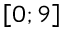
\left[ 0 ; 9 \right]